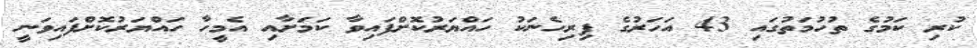
ކުރި ކަމުގެ ތުހުމަތުގައި 43 އަހަރުގެ ފިރިހެނަކު ހައްޔަރުކޮށްފައިވާ ކަމަށާއި އެމީހާ ހައްޔަރުކޮށްފައިވަނީ